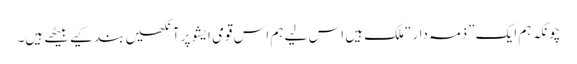
چونکہ ہم ایک ”ذمہ دار“ ملک ہیں اس لیے ہم اس قومی ایشو پرآنکھیں بند کیے بیٹھے ہیں۔